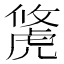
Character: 𧇐